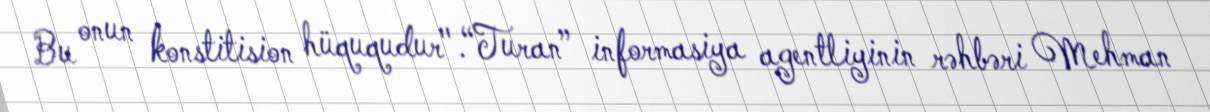
Bu onun konstitision hüququdur".“Turan” informasiya agentliyinin rəhbəri Mehman